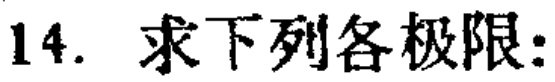
14. 求下列各极限：